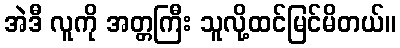
အဲဒီ လူကို အတ္တကြီး သူလို့ထင်မြင်မိတယ်။